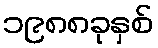
၁၉၈၈ခုနှစ်